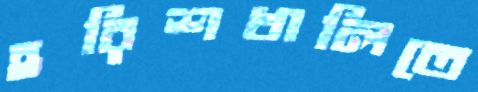
হরিশখালিতে